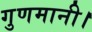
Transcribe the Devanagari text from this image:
गुणमानी।